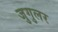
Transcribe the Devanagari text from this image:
जुगुलर